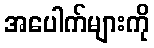
အပေါက်များကို